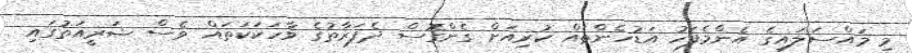
މި މައްސަލައިގެ އެންމެފަހު އަޑުހެންތައް ކުރިއަށް ގެންގޮސް ދެފަރާތުގެ ވާހަކަކަތައް ވެސް ޝަރީއަތުގައި